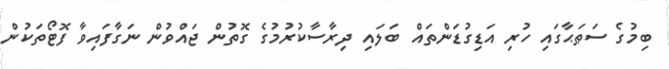
ބިމުގެ ސަޠަޙާގައި ހުރި އަޑިގުޑަންތައް ބަލައި ދިރާސާކުރުމުގެ ގޮތުން ޖައްވުން ނަގާފައިވާ ފޮޓޯތަކުން